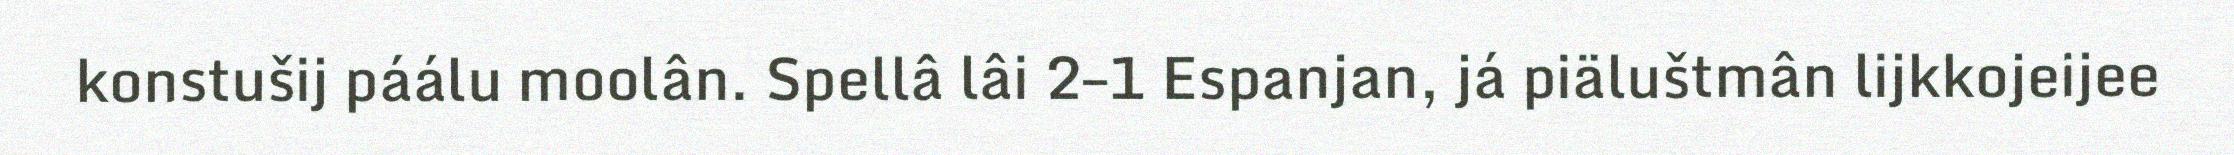
konstušij páálu moolân. Spellâ lâi 2–1 Espanjan, já piäluštmân lijkkojeijee